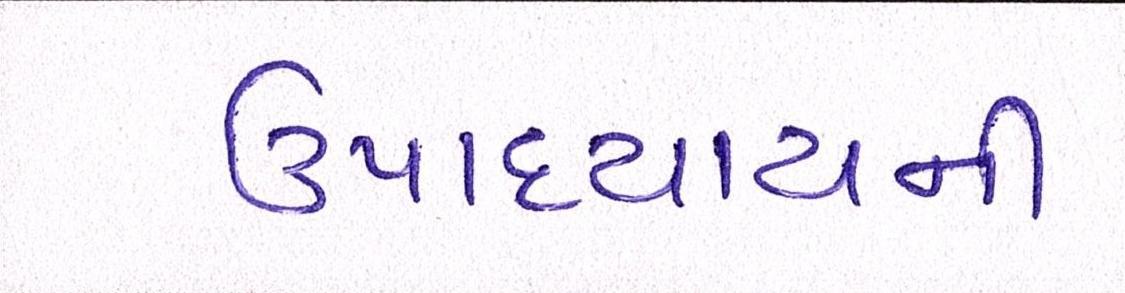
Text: ઉપાધ્યાયની